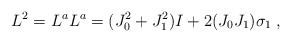
\begin{align*}L^{2} = L^{a}L^{a} = (J_{0}^{2}+J_{1}^{2}) I + 2(J_{0}J_{1})\sigma_{1}\;,\end{align*}